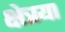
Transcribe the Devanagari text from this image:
क्षेत्रया